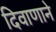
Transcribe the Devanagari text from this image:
दिवाणाने